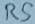
Text: RS